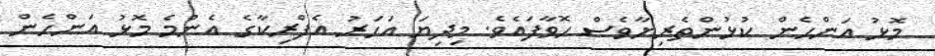
މޮޅު އަންހެން ކުޅުންތެރިޔާވެސް ހޮވާފައެވެ. މިދިޔަ އަހަރު އެފްރިކާގެ އެންމެ މޮޅު އަންހެން